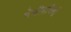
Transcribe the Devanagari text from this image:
पेचीदगियों